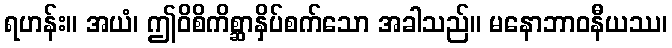
ရဟန်း။ အယံ၊ ဤဝိစိကိစ္ဆာနှိပ်စက်သော အခါသည်။ မနောဘာဝနီယဿ၊